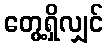
တွေ့ရှိလျှင်